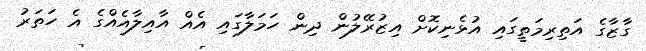
ގާޒާގެ އަތިރިމަތީގައި އުޅެނިކޮށް އިޒުރޭލުން ދިން ހަމަލާގައި އެއް އާއިލާއެއްގެ އެ ހަތަރު